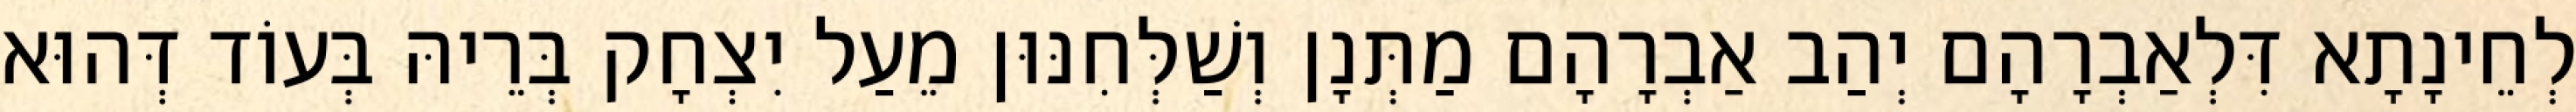
לְחֵינָתָא דִּלְאַבְרָהָם יְהַב אַבְרָהָם מַתְּנָן וְשַׁלְּחִנּוּן מֵעַל יִצְחָק בְּרֵיהּ בְּעוֹד דְּהוּא